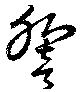
響